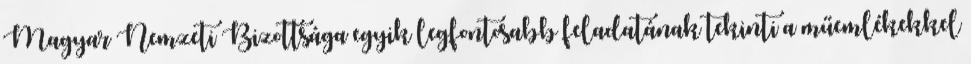
Magyar Nemzeti Bizottsága egyik legfontosabb feladatának tekinti a műemlékekkel